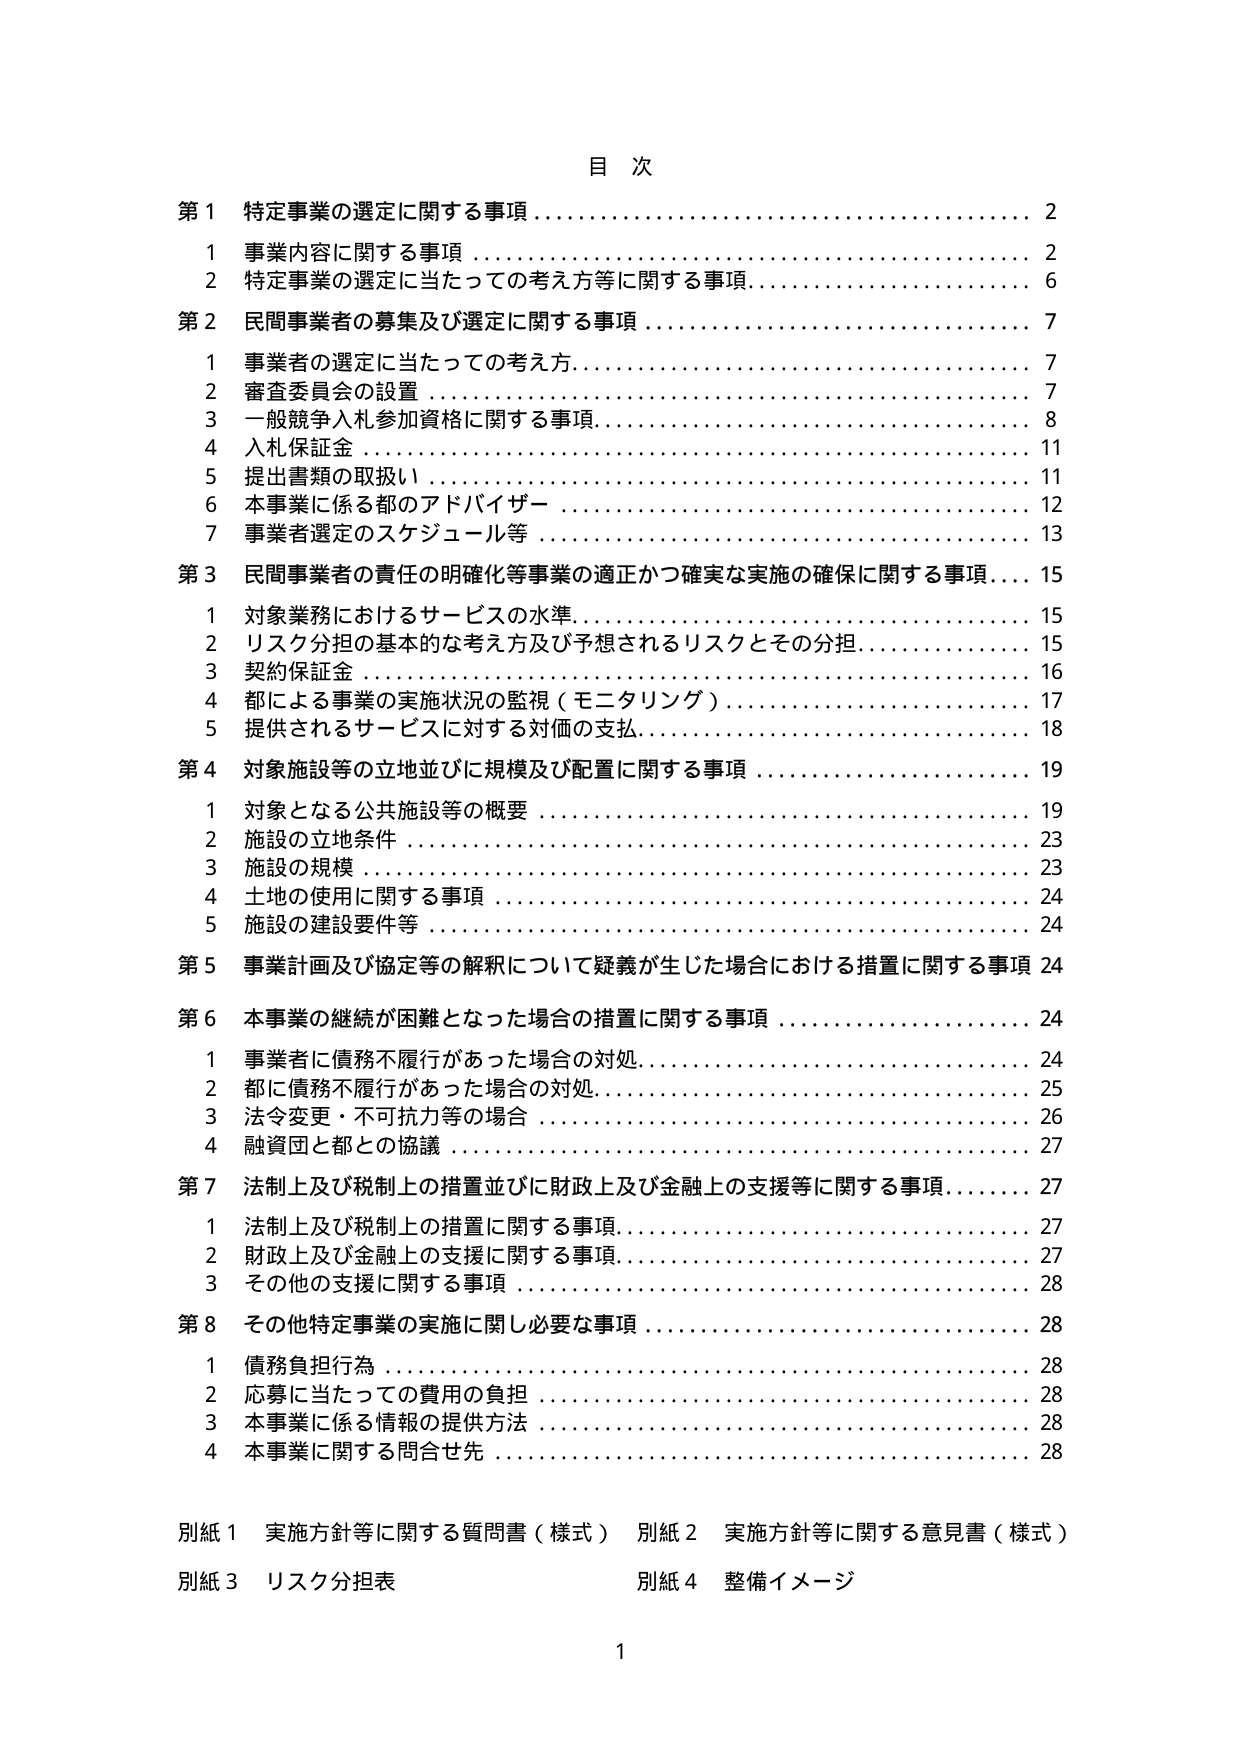
目 次

第１ 特定事業の選定に関する事項 2
　１ 事業内容に関する事項 2
　２ 特定事業の選定に当たっての考え方等に関する事項 6

第２ 民間事業者の募集及び選定に関する事項 7
　１ 事業者の選定に当たっての考え方 7
　２ 審査委員会の設置 7
　３ 一般競争入札参加資格に関する事項 8
　４ 入札保証金 11
　５ 提出書類の取扱い 11
　６ 本事業に係る都のアドバイザー 12
　７ 事業者選定のスケジュール等 13

第３ 民間事業者の責任の明確化等事業の適正かつ確実な実施の確保に関する事項 15
　１ 対象業務におけるサービスの水準 15
　２ リスク分担の基本的な考え方及び予想されるリスクとその分担 15
　３ 契約保証金 16
　４ 都による事業の実施状況の監視（モニタリング） 17
　５ 提供されるサービスに対する対価の支払 18

第４ 対象施設等の立地並びに規模及び配置に関する事項 19
　１ 対象となる公共施設等の概要 19
　２ 施設の立地条件 23
　３ 施設の規模 23
　４ 土地の使用に関する事項 24
　５ 施設の建設要件等 24

第５ 事業計画及び協定等の解釈について疑義が生じた場合における措置に関する事項 24

第６ 本事業の継続が困難となった場合の措置に関する事項 24
　１ 事業者に債務不履行があった場合の対処 24
　２ 都に債務不履行があった場合の対処 25
　３ 法令変更・不可抗力等の場合 26
　４ 融資団と都との協議 27

第７ 法制上及び税制上の措置並びに財政上及び金融上の支援等に関する事項 27
　１ 法制上及び税制上の措置に関する事項 27
　２ 財政上及び金融上の支援に関する事項 27
　３ その他の支援に関する事項 28

第８ その他特定事業の実施に関し必要な事項 28
　１ 債務負担行為 28
　２ 応募に当たっての費用の負担 28
　３ 本事業に係る情報の提供方法 28
　４ 本事業に関する問合せ先 28

別紙１ 実施方針等に関する質問書（様式） 別紙２ 実施方針等に関する意見書（様式）
別紙３ リスク分担表 別紙４ 整備イメージ

1